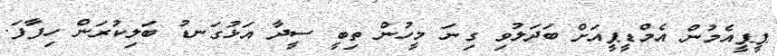
ޕީޕީއެމުން އެމްޑީޕީއަށް ބަދަލުވި ގިނަ މީހުން ތިބީ ސީދާ އަޅުގަނޑު ބަލިކުރަން ހިފާފަ.